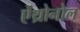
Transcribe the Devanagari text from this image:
ऐंथ्रोनोल